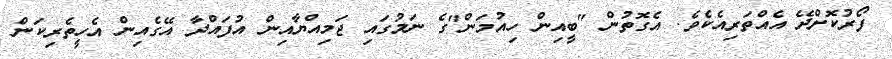
ފޯރުކޮށްދޭ އެއްތަރިއެކެވެ. އެގޮތުން "ބީއިން ހިއުމަން"ގެ ނަމުގައި ޖަމިއްޔާއިން އުފައްދާ އޭގެއިން އެހީތެރިކަން